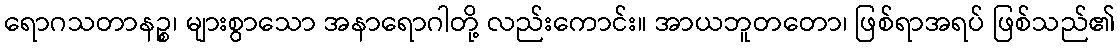
ရောဂသတာနဉ္စ၊ များစွာသော အနာရောဂါတို့ လည်းကောင်း။ အာယဘူတတော၊ ဖြစ်ရာအရပ် ဖြစ်သည်၏